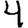
Digit: 4